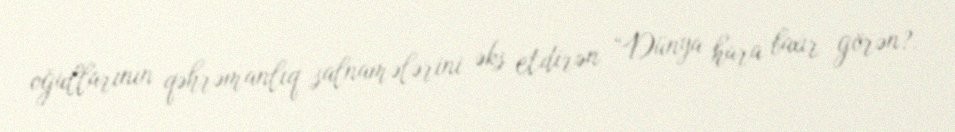
oğullarının qəhrəmanlıq salnamələrini əks etdirən “Dünya hara baxır görən?.